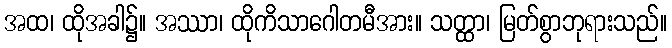
အထ၊ ထိုအခါ၌။ အဿာ၊ ထိုကိသာဂေါတမီအား။ သတ္ထာ၊ မြတ်စွာဘုရားသည်။